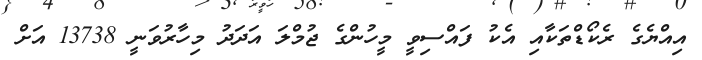
އިއްޔެގެ ރެކޯޑްތަކާއި އެކު ފައްސިވީ މީހުންގެ ޖުމްލަ އަދަދު މިހާރުވަނީ 13738 އަށް